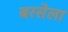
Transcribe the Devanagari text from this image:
बरसेला